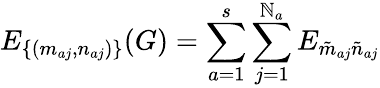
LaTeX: E_{\{ (m_{aj},n_{aj})\} }(G)=\sum_{a=1}^{s}\sum_{j=1}^{\mathbb{N}_{a}}E_{\tilde{{m}}_{aj}\tilde{{n}}_{aj}}